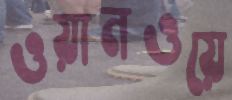
ওয়ানওয়ে